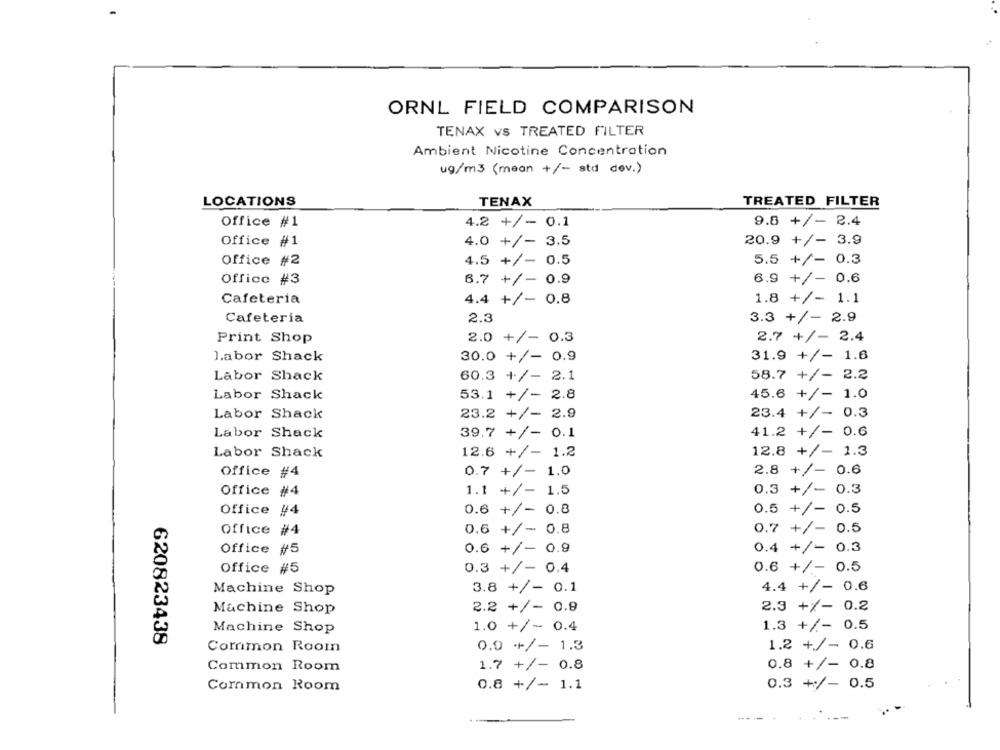
ORNL FIELD COMPARISON
TENAX VS TREATED FILTER
Ambient Nicotine Concentration
ug/m3 (mean +/- std dev.)
LOCATIONS
TENAX
TREATED FILTER
Office #1
4.2 +/- 0.1
9.8 +/- 2.4
Office #1
4.0 +/- 3.5
20.9 +/- 3.9
Office #2
4.5 +/- 0.5
5.5 +/- 0.3
Office #3
6.7 +/- 0.9
6.9 +/- 0.6
Cafeteria
4.4 +/- 0.8
1.8 +/- 1.1
Cafeteria
2.3
3.3 +/- 2.9
2.0 +/- 0.3
2.7 +/- 2.4
Print Shop
labor Shack
30.0 +/- 0.9
31.9 +/- 1.6
Labor Shack
58.7 +/- 2.2
60.3 +/- 2.1
Labor Shack
53.1 +/- 2.8
45.6 +/- 1.0
Labor Shack
23.2 +/- 2.9
23.4 +/- 0.3
Labor Shack
39.7 +/- 0.1
41.2 +/- 0.6
12.8 +/- 1.3
Labor Shack
12.6 +/- 1.2
Office #4
2.8 +/- 0.6
0.7 +/- 1.0
Office #4
1.1 +/- 1.5
0.3 +/- 0.3
Office #4
0.6 +/- 0.8
0.5 +/- 0.5
Office #4
0.6 +/- 0.8
0.7 +/- 0.5
Office #5
0.6 +/- 0.9
0.4 +/- 0.3
Office #5
0.3 +/- 0.4
0.6 +/- 0.5
Machine Shop
3.8 +/- 0.1
4.4 +/- 0.6
2.2 +/- 0.9
2.3 +/- 0.2
Machine Shop
Machine Shop
1.0 +/- 0.4
1.3 +/- 0.5
620823438
1.2 +/- 0.6
Common Room
0.0 +/- 1.3
Common Room
1.7 +/- 0.8
0.8 +/- 0.8
Common Room
0.8 +/- 1.1
0.3 +/- 0.5
---